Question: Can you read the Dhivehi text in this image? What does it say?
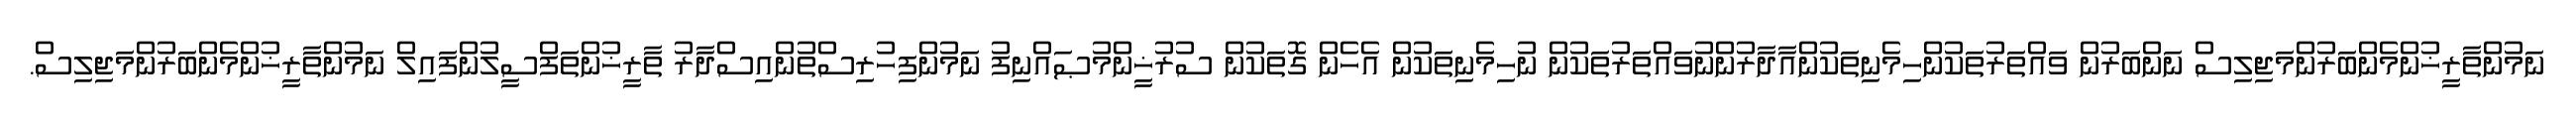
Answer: ނަމުންތާރީޚުންމެންބަރުންމަޖިލިސް ނަންބަރުން ވައްތަރުތަކުންހިމެނިތަކުންއާދާރުންނުވައްތަރުތަކުން ނުހިމެނިތަކުން އެހެން ގޮތަކުން ސުރުޚީންމުޞައްނިފު ނަމުންފިހުރިސްތުންއިސްދާރު ތާރީޚުންތަފްސީލުންފައިލް ނަމުންތާރީޚުންމެންބަރުންމަޖިލިސް.